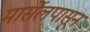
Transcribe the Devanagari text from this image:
मार्सेलपासून